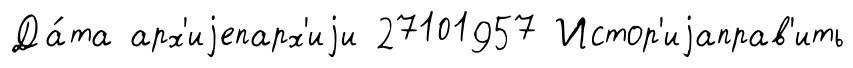
Да́та арх'иjепарх'иjи 27101957 Истор'иjаправ'ить